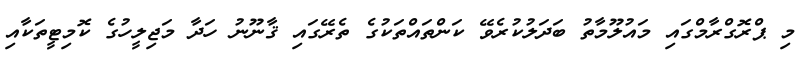
މި ޕްރޮގްރާމްގައި މައުލޫމާތު ބަދަލުކުރެވޭ ކަންތައްތަކުގެ ތެރޭގައި ޤާނޫނު ހަދާ މަޖިލީހުގެ ކޮމިޓީތަކާއި